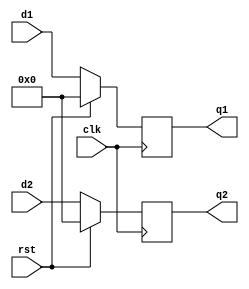
`timescale 1ns / 1ps
//////////////////////////////////////////////////////////////////////////////////
// Company: 
// Engineer: 
// 
// Design Name: 
// Module Name: twin_reg
// Project Name: 
// Target Devices: 
// Tool Versions: 
// Description: 
// 
// Dependencies: 
// 
// Revision:
// Revision 0.01 - File Created
// Additional Comments:
// 
//////////////////////////////////////////////////////////////////////////////////


module twin_reg(rst,d1,d2,clk,q1,q2);
input [7:0]d1,d2;
input clk,rst;
output reg[7:0] q1,q2;
always@(posedge clk)
begin
if(rst)
begin
q1<=0;
q2<=0;
end
else
begin
q1<=d1;
q2<=d2;
end
end

endmodule